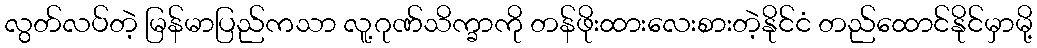
လွတ်လပ်တဲ့ မြန်မာပြည်ကသာ လူ့ဂုဏ်သိက္ခာကို တန်ဖိုးထားလေးစားတဲ့နိုင်ငံ တည်ထောင်နိုင်မှာမို့